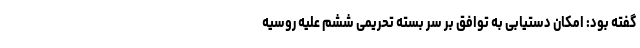
گفته بود: امکان دستیابی به توافق بر سر بسته تحریمی ششم علیه روسیه